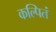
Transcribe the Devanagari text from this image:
कल्पितं